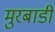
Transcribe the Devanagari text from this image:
मुरबाडी